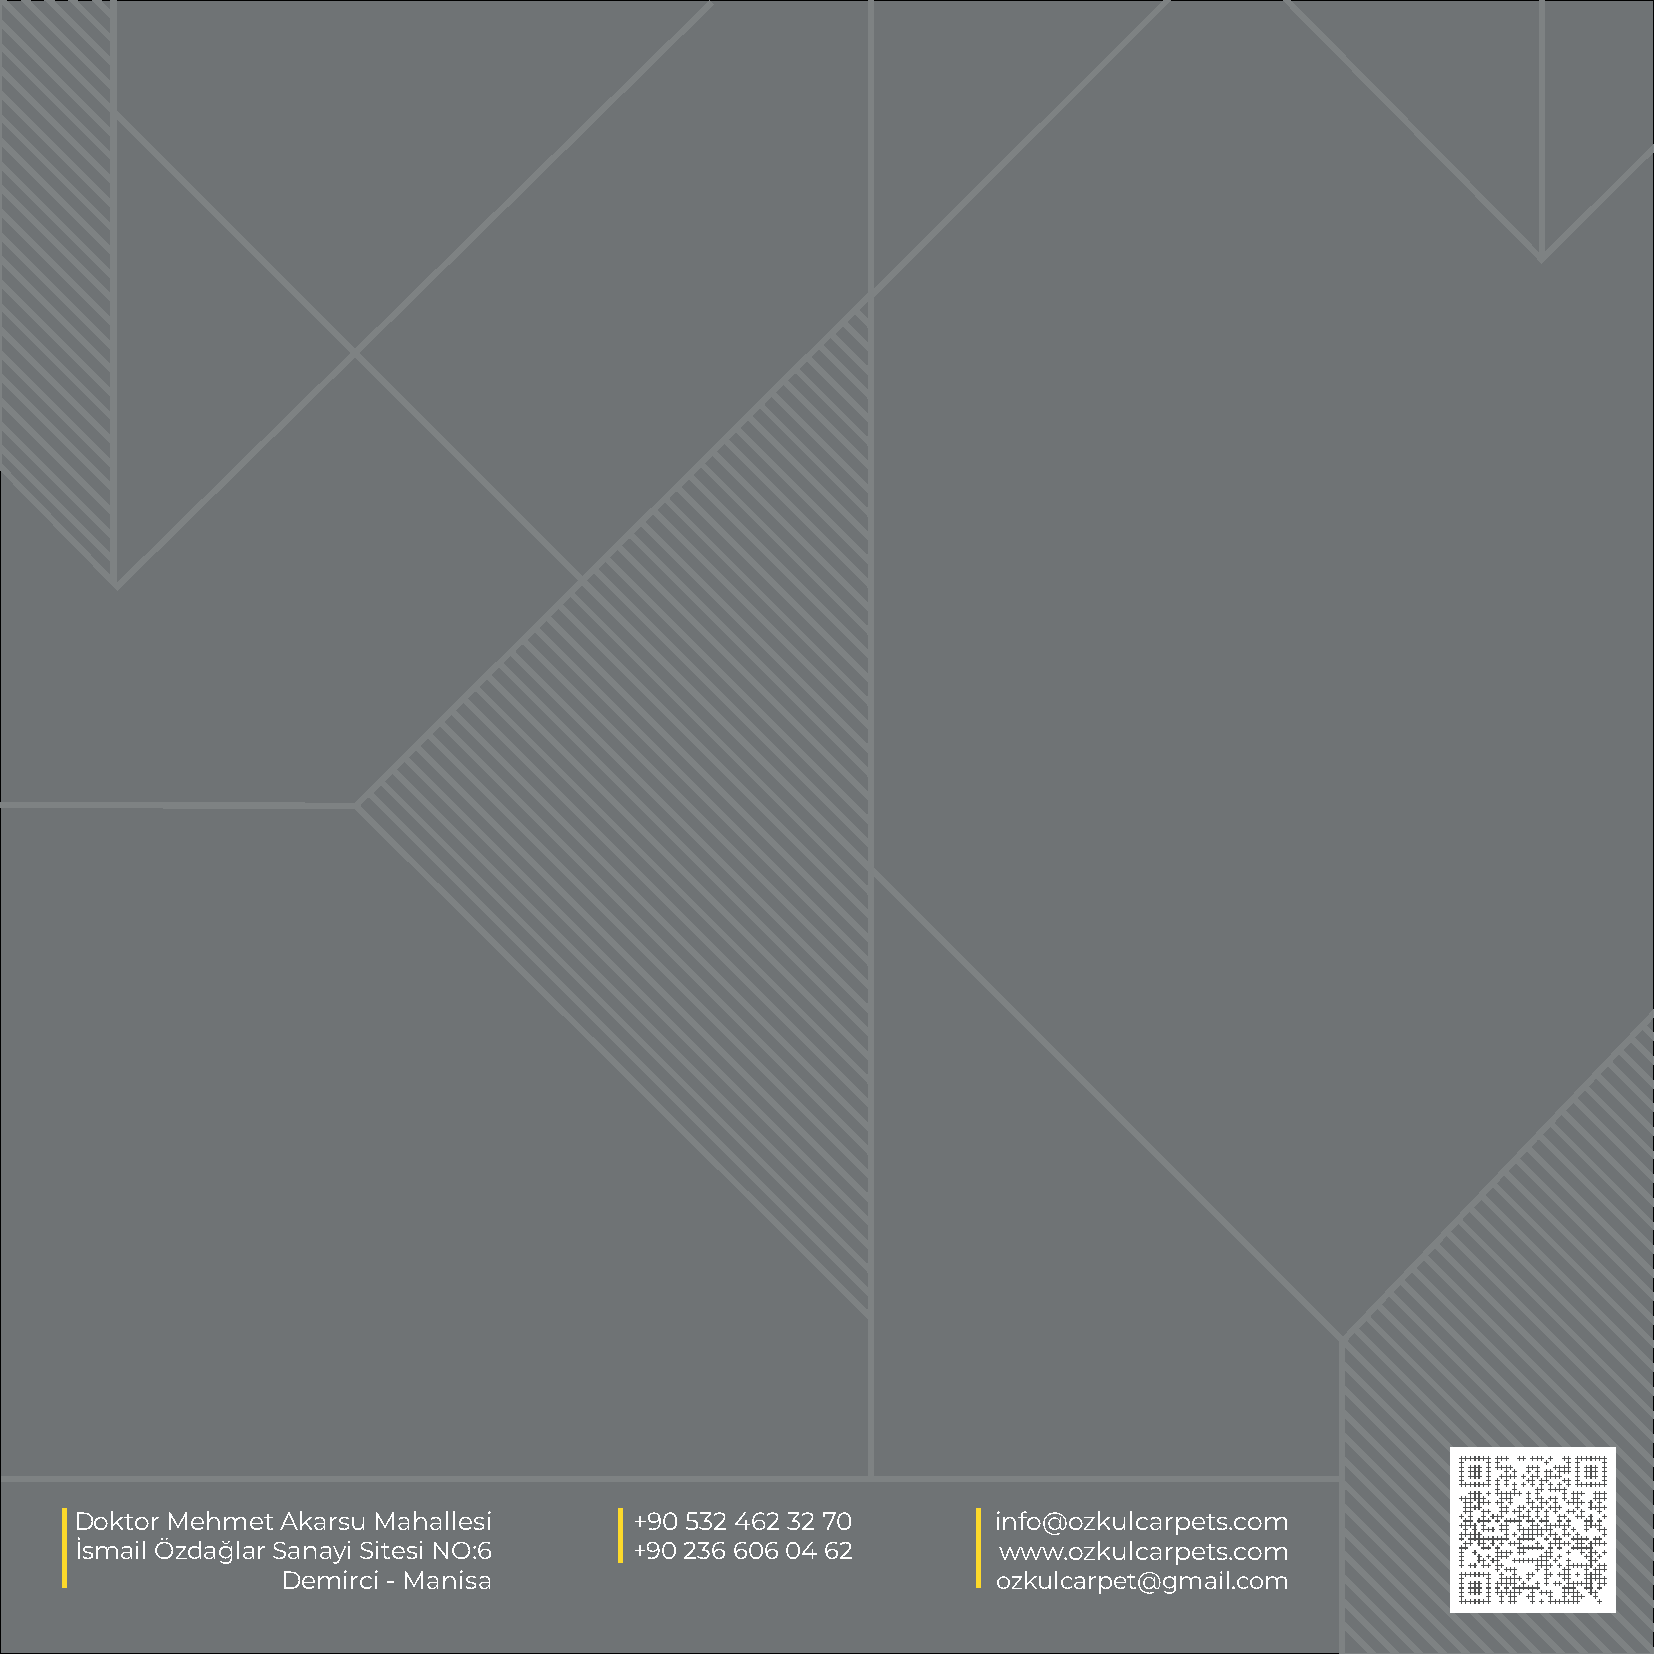
Doktor Mehmet Akarsu Mahallesi       +90 532 462 32 70       info@ozkulcarpets.com
 İsmail Özdağlar Sanayi Sitesi NO:6   +90 236 606 04 62       www.ozkulcarpets.com
 Demirci - Manisa                               ozkulcarpet@gmail.com